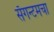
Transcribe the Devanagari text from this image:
सॅगन्टमचा